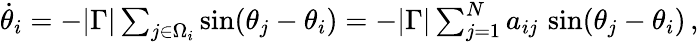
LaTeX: \begin{array}{r}{\dot{\theta}_{i}=-|\Gamma|\sum_{j\in\Omega_{i}}\sin(\theta_{j}-\theta_{i})=-|\Gamma|\sum_{j=1}^{N}a_{ij}\, \sin(\theta_{j}-\theta_{i})\, ,}\end{array}